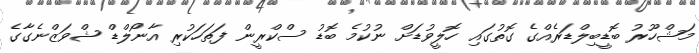
މަޝްހޫރު ބޮޑީބިލްޑަރެއްގެ ގޮތުގައި ހޮލީވުޑަށް ނުކުމެ ބޮޑު ސްކްރީން ފަތަހަކުރި އާނޯލްޑް ޝްވަޒްނެގާގެ